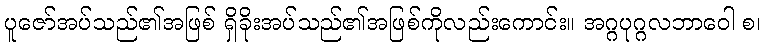
ပူဇော်အပ်သည်၏အဖြစ် ရှိခိုးအပ်သည်၏အဖြစ်ကိုလည်းကောင်း။ အဂ္ဂပုဂ္ဂလဘာဝေါ စ၊